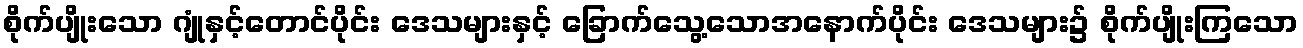
စိုက်ပျိုးသော ဂျုံနှင့်တောင်ပိုင်း ဒေသများနှင့် ခြောက်သွေ့သောအနောက်ပိုင်း ဒေသများ၌ စိုက်ပျိုးကြသော